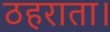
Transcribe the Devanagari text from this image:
ठहराता।